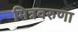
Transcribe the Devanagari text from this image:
मित्रवरुणा